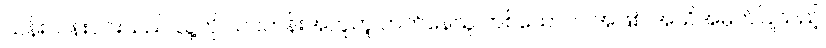
သန်းသန်းဝင်းသည် သူ့ကို သင်တန်းအတူတူ တက်နေသူ တစ်ယောက် အဖြစ် အသိအမှတ်ပြုသည့်